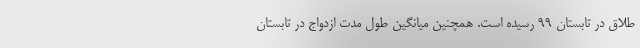
طلاق در تابستان ۹۹ رسیده است. همچنین میانگین طول مدت ازدواج در تابستان